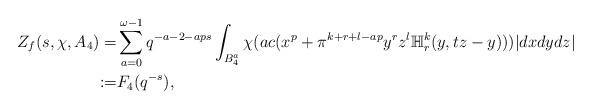
LaTeX: \begin{align*}Z_f(s, \chi, A_4)=&\sum_{a=0}^{\omega-1}q^{-a-2-aps}\int_{B_4^a}\chi(ac(x^p+\pi^{k+r+l-ap}y^rz^l\mathbb{H}_r^k(y, tz-y)))|dxdydz|\\:=&F_4(q^{-s}),\end{align*}